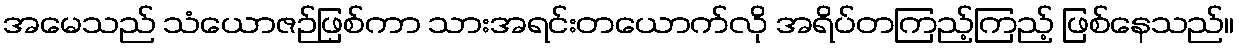
အမေသည် သံယောဇဉ်ဖြစ်ကာ သားအရင်းတယောက်လို အရိပ်တကြည့်ကြည့် ဖြစ်နေသည်။